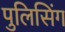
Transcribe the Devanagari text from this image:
पुलिसिंग